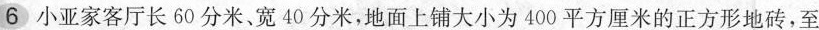
6小亚家客厅长60分米、宽40分米，地面上铺大小为400平方厘米的正方形地砖，至